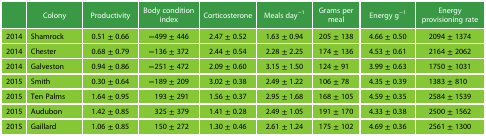
|  | Colony | Productivity | Body condition index | Corticosterone | Meals day−1 | Grams per meal | Energy g−1 | Energy provisioning rate |
 | --- | --- | --- | --- | --- | --- | --- | --- | --- |
 | 2014 | Shamrock | 0.51 ± 0.66 | −499 ± 446 | 2.47 ± 0.52 | 1.63 ± 0.94 | 205 ± 138 | 4.66 ± 0.50 | 2094 ± 1374 |
 | 2014 | Chester | 0.68 ± 0.79 | −136 ± 372 | 2.44 ± 0.54 | 2.28 ± 2.25 | 174 ± 136 | 4.53 ± 0.61 | 2164 ± 2062 |
 | 2014 | Galveston | 0.94 ± 0.86 | −251 ± 472 | 2.09 ± 0.60 | 3.15 ± 1.50 | 124 ± 91 | 3.99 ± 0.63 | 1750 ± 1031 |
 | 2015 | Smith | 0.30 ± 0.64 | −189 ± 209 | 3.02 ± 0.38 | 2.49 ± 1.22 | 106 ± 78 | 4.35 ± 0.39 | 1383 ± 810 |
 | 2015 | Ten Palms | 1.64 ± 0.95 | 193 ± 291 | 1.56 ± 0.37 | 2.95 ± 1.68 | 168 ± 105 | 4.59 ± 0.35 | 2584 ± 1539 |
 | 2015 | Audubon | 1.42 ± 0.85 | 325 ± 379 | 1.41 ± 0.28 | 2.49 ± 1.05 | 191 ± 170 | 4.33 ± 0.38 | 2500 ± 1562 |
 | 2015 | Gaillard | 1.06 ± 0.85 | 150 ± 272 | 1.30 ± 0.46 | 2.61 ± 1.24 | 175 ± 102 | 4.69 ± 0.36 | 2561 ± 1300 |